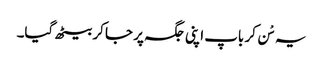
یہ سْن کر باپ اپنی جگہ پر جا کر بیٹھ گیا۔